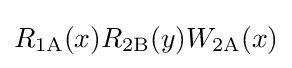
R_{\text{1A}}(x)R_{\text{2B}}(y)W_{\text{2A}}(x)